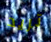
تريد